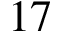
1 7